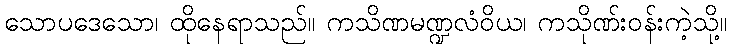
သောပဒေသော၊ ထိုနေရာသည်။ ကသိဏမဏ္ဍလံဝိယ၊ ကသိုဏ်းဝန်းကဲ့သို့။